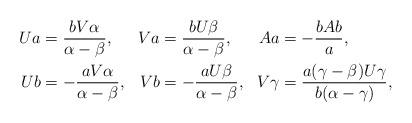
LaTeX: \begin{align*}\begin{aligned}Ua &= \frac{b V\alpha}{\alpha-\beta},&Va &= \frac{b U\beta}{\alpha-\beta},&Aa &= -\frac{b Ab}{a},\\Ub &= -\frac{a V\alpha}{\alpha-\beta},&Vb &=-\frac{a U\beta}{\alpha-\beta},&V\gamma &=\frac{a(\gamma-\beta)U\gamma}{b(\alpha-\gamma)},\end{aligned}\end{align*}